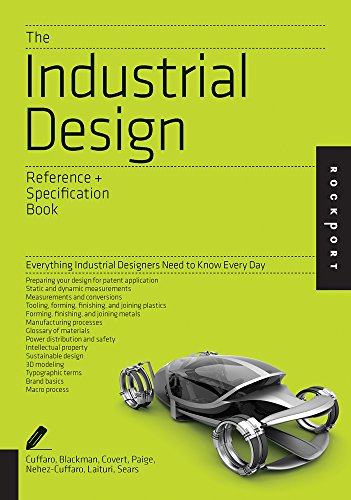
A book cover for The Industrial Design Reference & Specification Book: Everything Industrial Designers Need to Know Every Day; Dan Cuffaro; Arts & Photography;